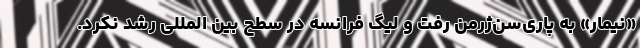
«نیمار» به پاری‌سن‌ژرمن رفت و لیگ فرانسه در سطح بین المللی رشد نکرد.